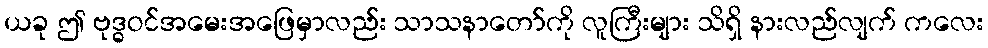
ယခု ဤ ဗုဒ္ဓဝင်အမေးအဖြေမှာလည်း သာသနာတော်ကို လူကြီးများ သိရှိ နားလည်လျက် ကလေး